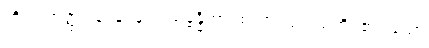
ကို။ စတုတ္ထပါဒေန၊ နှင့်။ သမ္ဗန္ဓိတွာ၊ စပ်၍။ ဒေဿတိ၊ ၏။ သော